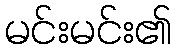
မင်းမင်း၏